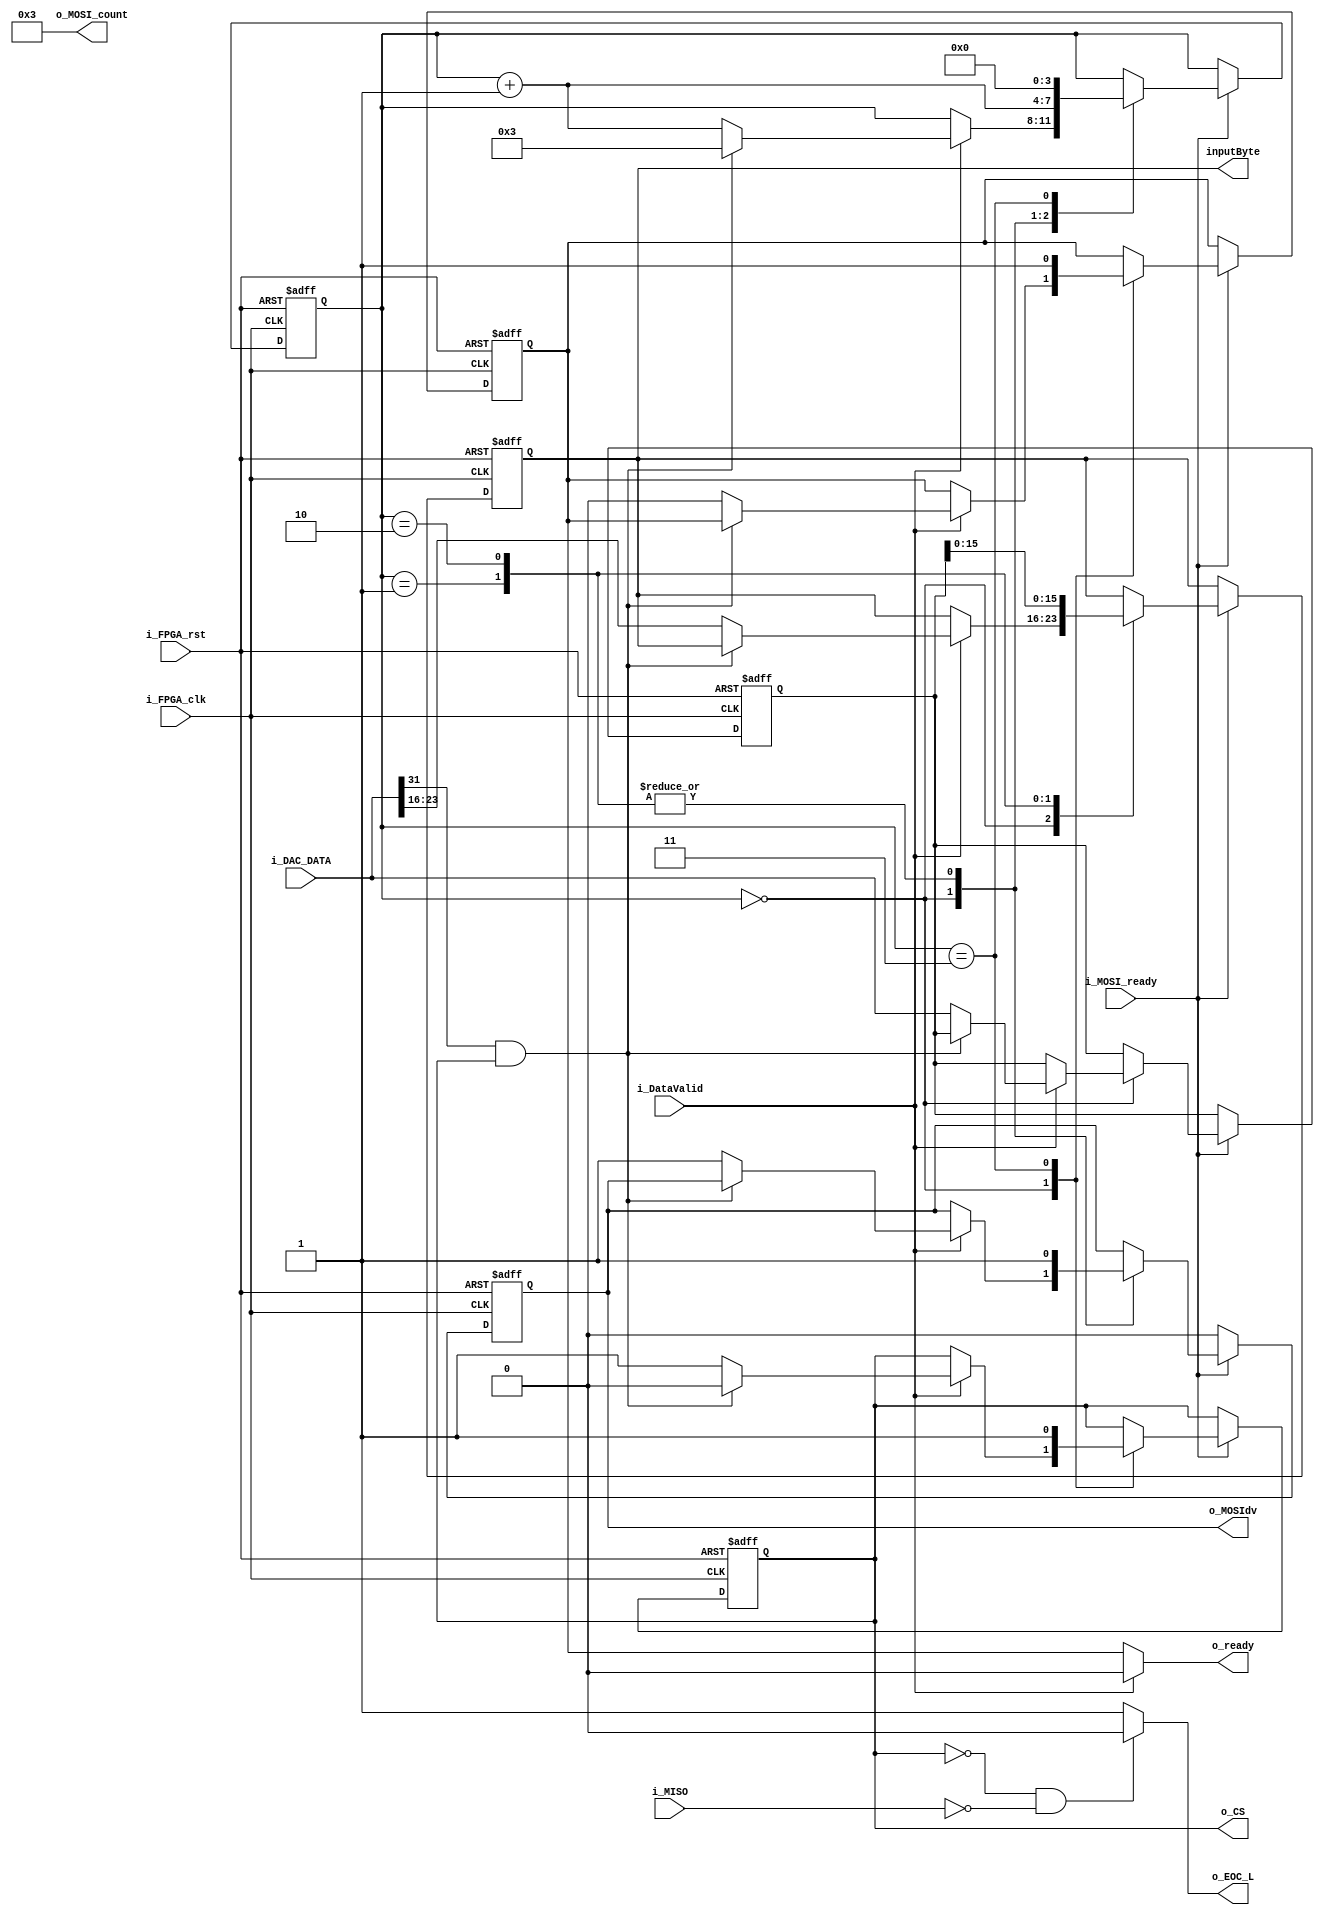
module MasterDriver(
	input i_FPGA_clk, //clock
	input i_FPGA_rst, //reset
	output[4:0] o_MOSI_count,//bytecount
	output[7:0] inputByte, //output mosi byte to master module
	output reg o_MOSIdv, //mosi data valid
	output o_CS, //CS control for ADC
	output o_ready, //ready signal for higher level
	output o_EOC_L,//End of Conversion for datadriver
	input i_MOSI_ready,//ready signal from spi module
	input i_DataValid, // data valid from higher level
	input[31:0] i_DAC_DATA, //dat from higher level
	input i_MISO //miso line to monitor for EOC for ADC
	);
	
	reg[7:0] r_byte; //register for byte to MASTER
	reg[31:0] r_DAC_Byte; //register from datadriver
	reg [3:0] bytecount = 0; //state machine counter
	reg r_ready; 
	reg r_EOC_L;
	reg r_CS;
	
	//Goes through DAC byte and controls master module properly
	always @(posedge i_FPGA_clk or negedge i_FPGA_rst) 
	begin 
		if(~i_FPGA_rst) 
		begin
			o_MOSIdv <= 0;
			r_byte <= 8'h00;
			r_DAC_Byte <= 32'h00000000;
			bytecount <= 0;
			r_ready <= 1;
			r_CS <= 1;
		end
		else
		begin 
			if(i_MOSI_ready)
			begin	
				case(bytecount)
				0:
				begin
					if(i_DataValid)
					begin
						/////////////Check for end of conversion. only for adc/////////
						if(i_DAC_DATA[31] && r_CS) 	
						begin
							r_CS <= 0;
							bytecount <= 3;
						end
						///////////////////////////////////////////////////////////////
						else
						begin
							r_byte <= i_DAC_DATA[23:16]; //send first byte
							r_DAC_Byte <= i_DAC_DATA; //save input to register
							o_MOSIdv <= 1;
							r_ready <= 0;
							bytecount <= bytecount + 1;
							r_CS <= 1;
						end
					end
				end
				1:
				begin
					r_byte <= r_DAC_Byte[15:8];
					o_MOSIdv <= 1;
					bytecount <= bytecount + 1;
				end
				2:
				begin
					r_byte <= r_DAC_Byte[7:0];
					o_MOSIdv <= 1;
					bytecount <= bytecount + 1;
				end
				3:
				begin
				r_ready <= 1;
				bytecount <= 0;
				r_CS <= 1;
				end
				endcase
			end
		else
		begin					
			o_MOSIdv <= 0;
		end
		end
		
	end

	assign o_ready = i_DataValid ? 0:r_ready; // as soon as datadriver sets datavalid high, ready signal goes low
	assign o_MOSI_count = 3; //count for bytes ADC and DAC both use 24bits or 3 bytes
	assign o_CS = r_CS; //Chip select control for ADC
	assign o_EOC_L = (~r_CS && ~i_MISO) ? 0:1; 	//Check for end of conversion. only for adc
	assign inputByte = r_byte; 
endmodule